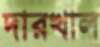
দারখাল